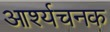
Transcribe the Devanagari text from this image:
आर्श्यचनक